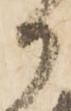
か